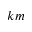
k m